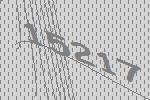
15217